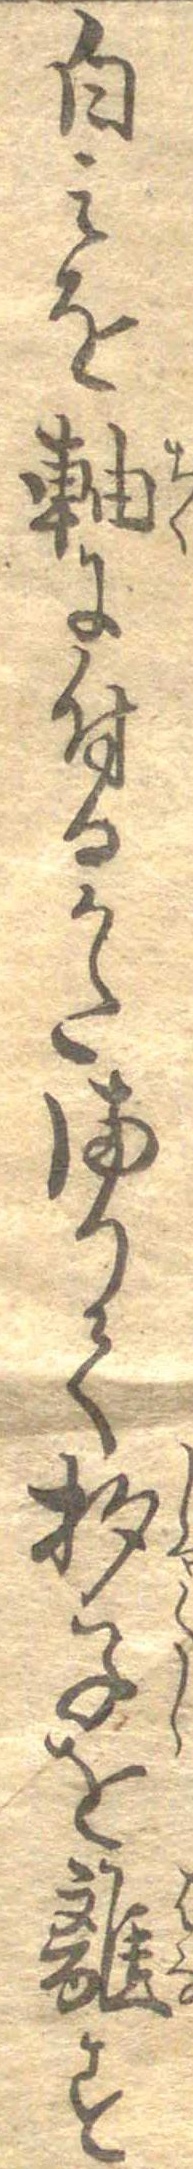
白みを軸に付るかたまりて杓子を離す